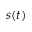
s ( t )